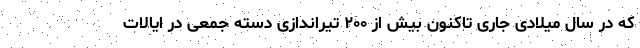
که در سال میلادی جاری تاکنون بیش از ۲۰۰ تیراندازی دسته جمعی در ایالات